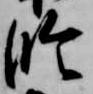
修